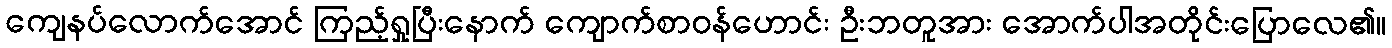
ကျေနပ်လောက်အောင် ကြည့်ရှုပြီးနောက် ကျောက်စာဝန်ဟောင်း ဦးဘတူအား အောက်ပါအတိုင်းပြောလေ၏။